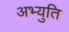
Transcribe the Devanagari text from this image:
अभ्युति